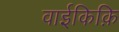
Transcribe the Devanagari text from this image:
वाईकिक़ि